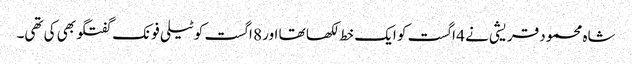
شاہ محمود قریشی نے 4 اگست کو ایک خط لکھا تھا اور 8 اگست کو ٹیلی فونک گفتگو بھی کی تھی۔